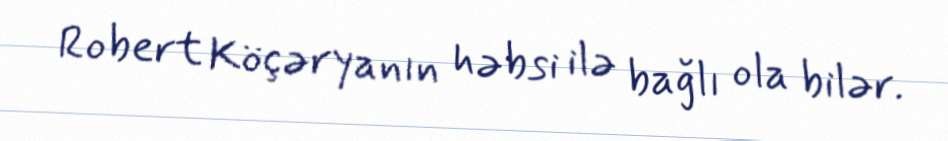
Robert Köçəryanın həbsi ilə bağlı ola bilər.